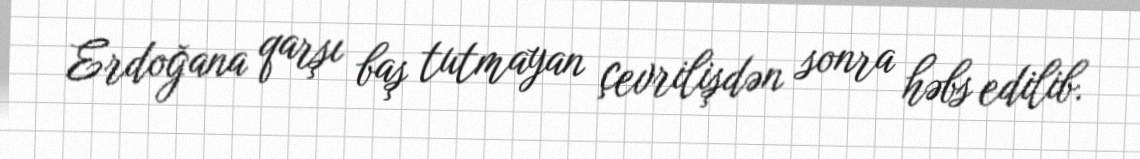
Erdoğana qarşı baş tutmayan çevrilişdən sonra həbs edilib.